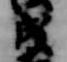
成